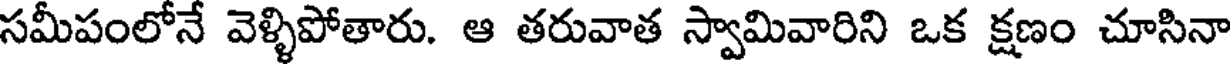
సమీపంలోనే వెళ్ళిపోతారు. ఆ తరువాత స్వామివారిని ఒక క్షణం చూసినా